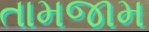
તામજામ